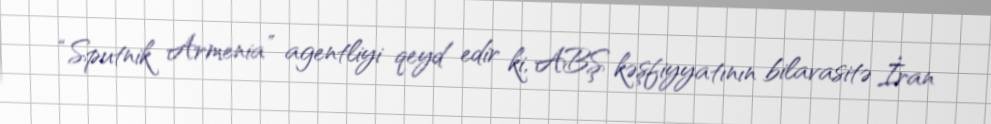
“Sputnik Armenia” agentliyi qeyd edir ki, ABŞ kəşfiyyatının bilavasitə İran